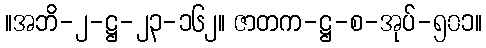
။အဘိ-၂-ဋ္ဌ-၂၃-၁၆၂။ ဇာတက-ဋ္ဌ-စ-အုပ်-၅၀၁။